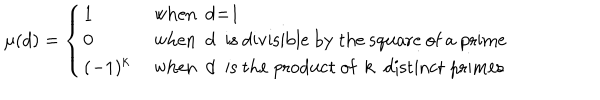
\mu ( d ) = \left\{ \begin{array} { l l } { { 1 } } & { { \mathrm { ~ w h e n ~ d = 1 ~ } } } \\ { { 0 } } & { { \mathrm { ~ w h e n ~ d ~ i s ~ d i v i s i b l e ~ b y ~ t h e ~ s q u a r e ~ o f ~ a ~ p r i m e } } } \\ { { ( - 1 ) ^ { k } } } & { { \mathrm { ~ w h e n ~ d ~ i s ~ t h e ~ p r o d u c t ~ o f ~ k ~ d i s t i n c t ~ p r i m e s } } } \\ \end{array} \right.